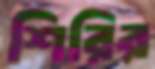
শিরির